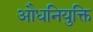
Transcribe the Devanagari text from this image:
औधनियुक्ति